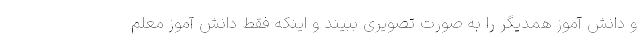
و دانش آموز همدیگر را به صورت تصویری ببیند و اینکه فقط دانش آموز معلم